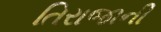
તિરાજાની